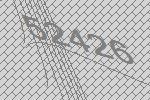
52426